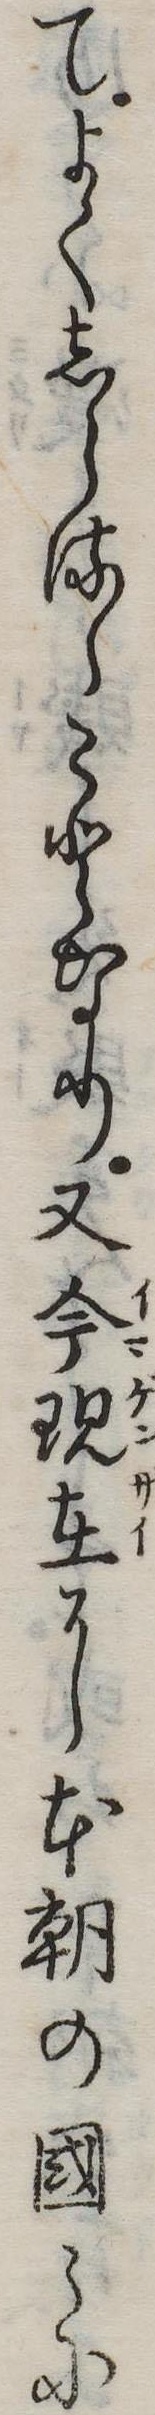
てよくしらるゝことなり又今現在に本朝の国に